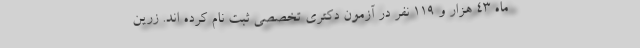
ماه ۴۳ هزار و ۱۱۹ نفر در آزمون دکتری تخصصی ثبت نام کرده اند. زرین